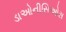
ડાઓનીસિઓસ